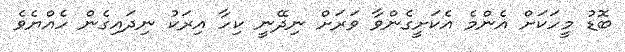
ބޮޑު މީހަކަށް އެންމެ އެކަށީގެންވާ ވަރަށް ނިދޭނީ ކިހާ އިރަކު ނިދައިގެން ހެއްޔެވެ